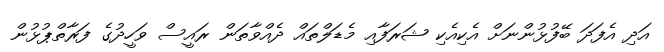
އަދި އެފަދަ ބޭފުޅުންނަށް އެކިއެކި ޝަރަފާއި މެޑަލްތައް ދެއްވާތަން ރައީސް ވަހީދުގެ ފަރާތްޕުޅުން